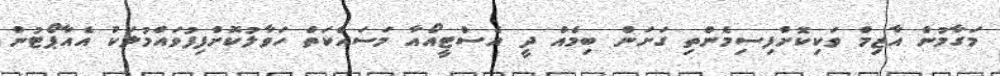
މަގާމުން އާޒިމް ވަކިކޮށްފިސިމެންތި ގަށަން ބިމެއް ދީ އެސްޓީއޯއާ މަސައްކަތް ހަވާލުކޮށްފިފުވައްމުލަކު އެއާޕޯޓުން